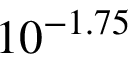
1 0 ^ { - 1 . 7 5 }